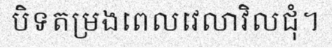
បិទតម្រងពេលវេលាវិលជុំ។